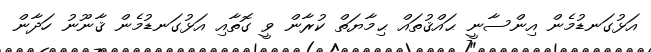
އަޅުގަނޑުމެން އިންސާނީ ޙައްޤުތައް ޙިމާޔަތް ކުރާން ވީ ގޮތާއި އަޅުގަނޑުމެން ޤާނޫނު ހަދާން